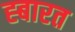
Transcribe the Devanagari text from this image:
ह्बारत